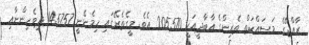
ރާއްޖޭގެ މަސައްކަތް ތެެރިންގެ އާބާދީއަކީ 205570 އެވެ. މީގެތެރޭގައި ހިމެނެނީ 145757 ދިވެހިންނާއި